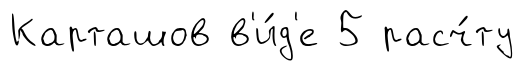
Карташов в'и́д'е 5 расч́ту